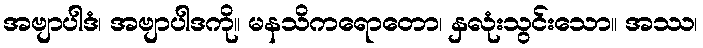
အဗျာပါဒံ၊ အဗျာပါဒကို။ မနသိကရောတော၊ နှလုံးသွင်းသော။ အဿ၊